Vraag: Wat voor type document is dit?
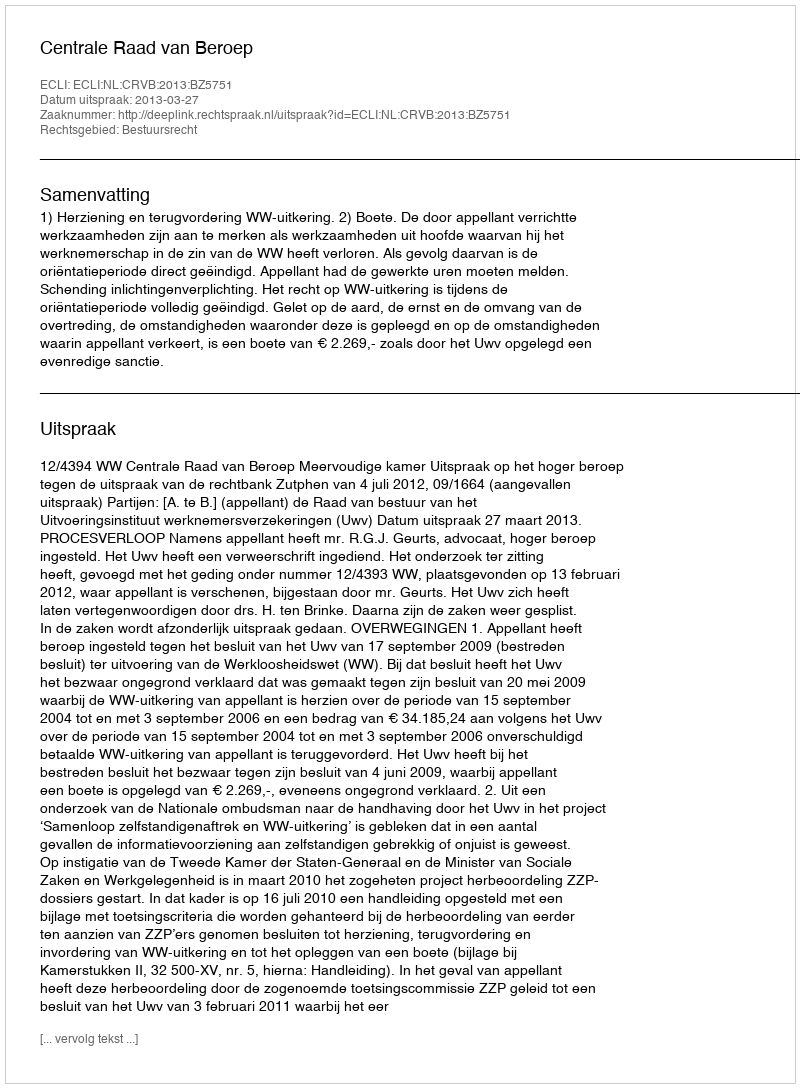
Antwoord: Uitspraak